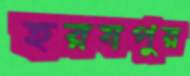
হরষপুর